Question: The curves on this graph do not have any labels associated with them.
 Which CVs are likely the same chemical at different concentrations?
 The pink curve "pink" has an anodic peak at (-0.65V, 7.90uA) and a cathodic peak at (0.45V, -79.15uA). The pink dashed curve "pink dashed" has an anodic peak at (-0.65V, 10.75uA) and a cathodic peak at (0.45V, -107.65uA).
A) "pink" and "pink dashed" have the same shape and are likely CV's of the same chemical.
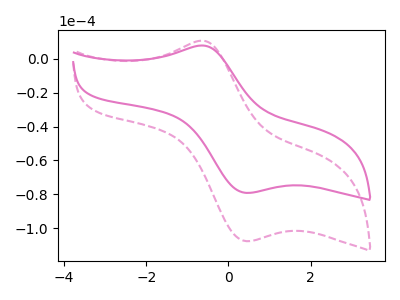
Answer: <think>All the peaks in "pink" have a peak in "pink dashed" at the same potential. Every peak in "pink" is lower than every peak in "pink dashed".
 </think>
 <answer>A) "pink" and "pink dashed" have the same shape and are likely CV's of the same chemical.</answer>
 <eval>A</eval>